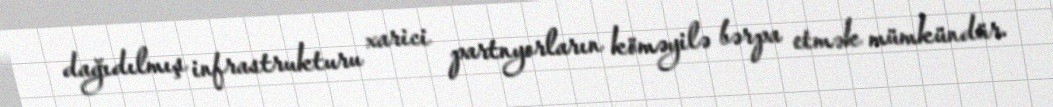
dağıdılmış infrastrukturu xarici partnyorların köməyilə bərpa etmək mümkündür.